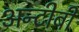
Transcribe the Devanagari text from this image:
अन्टीबी